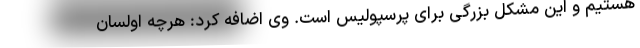
هستیم و این مشکل بزرگی برای پرسپولیس است. وی اضافه کرد: هرچه اولسان